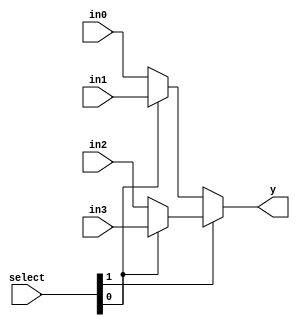
module N_Bit_4_to_1_MUX_using_conditional_operator #(
    parameter N = 4 // Default width is 4 bits
)(
    input [1:0] select,       // 2-bit select signal
    input [N-1:0] in3,        // N-bit input 3
    input [N-1:0] in2,        // N-bit input 2
    input [N-1:0] in1,        // N-bit input 1
    input [N-1:0] in0,        // N-bit input 0
    output [N-1:0] y          // N-bit output
);

    // N-bit 4-to-1 multiplexer using conditional operator
    assign y = select[1] ? 
               (select[0] ? in3 : in2) : 
               (select[0] ? in1 : in0);

endmodule